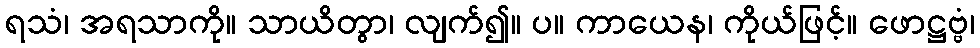
ရသံ၊ အရသာကို။ သာယိတွာ၊ လျက်၍။ ပ။ ကာယေန၊ ကိုယ်ဖြင့်။ ဖောဋ္ဌဗ္ဗံ၊